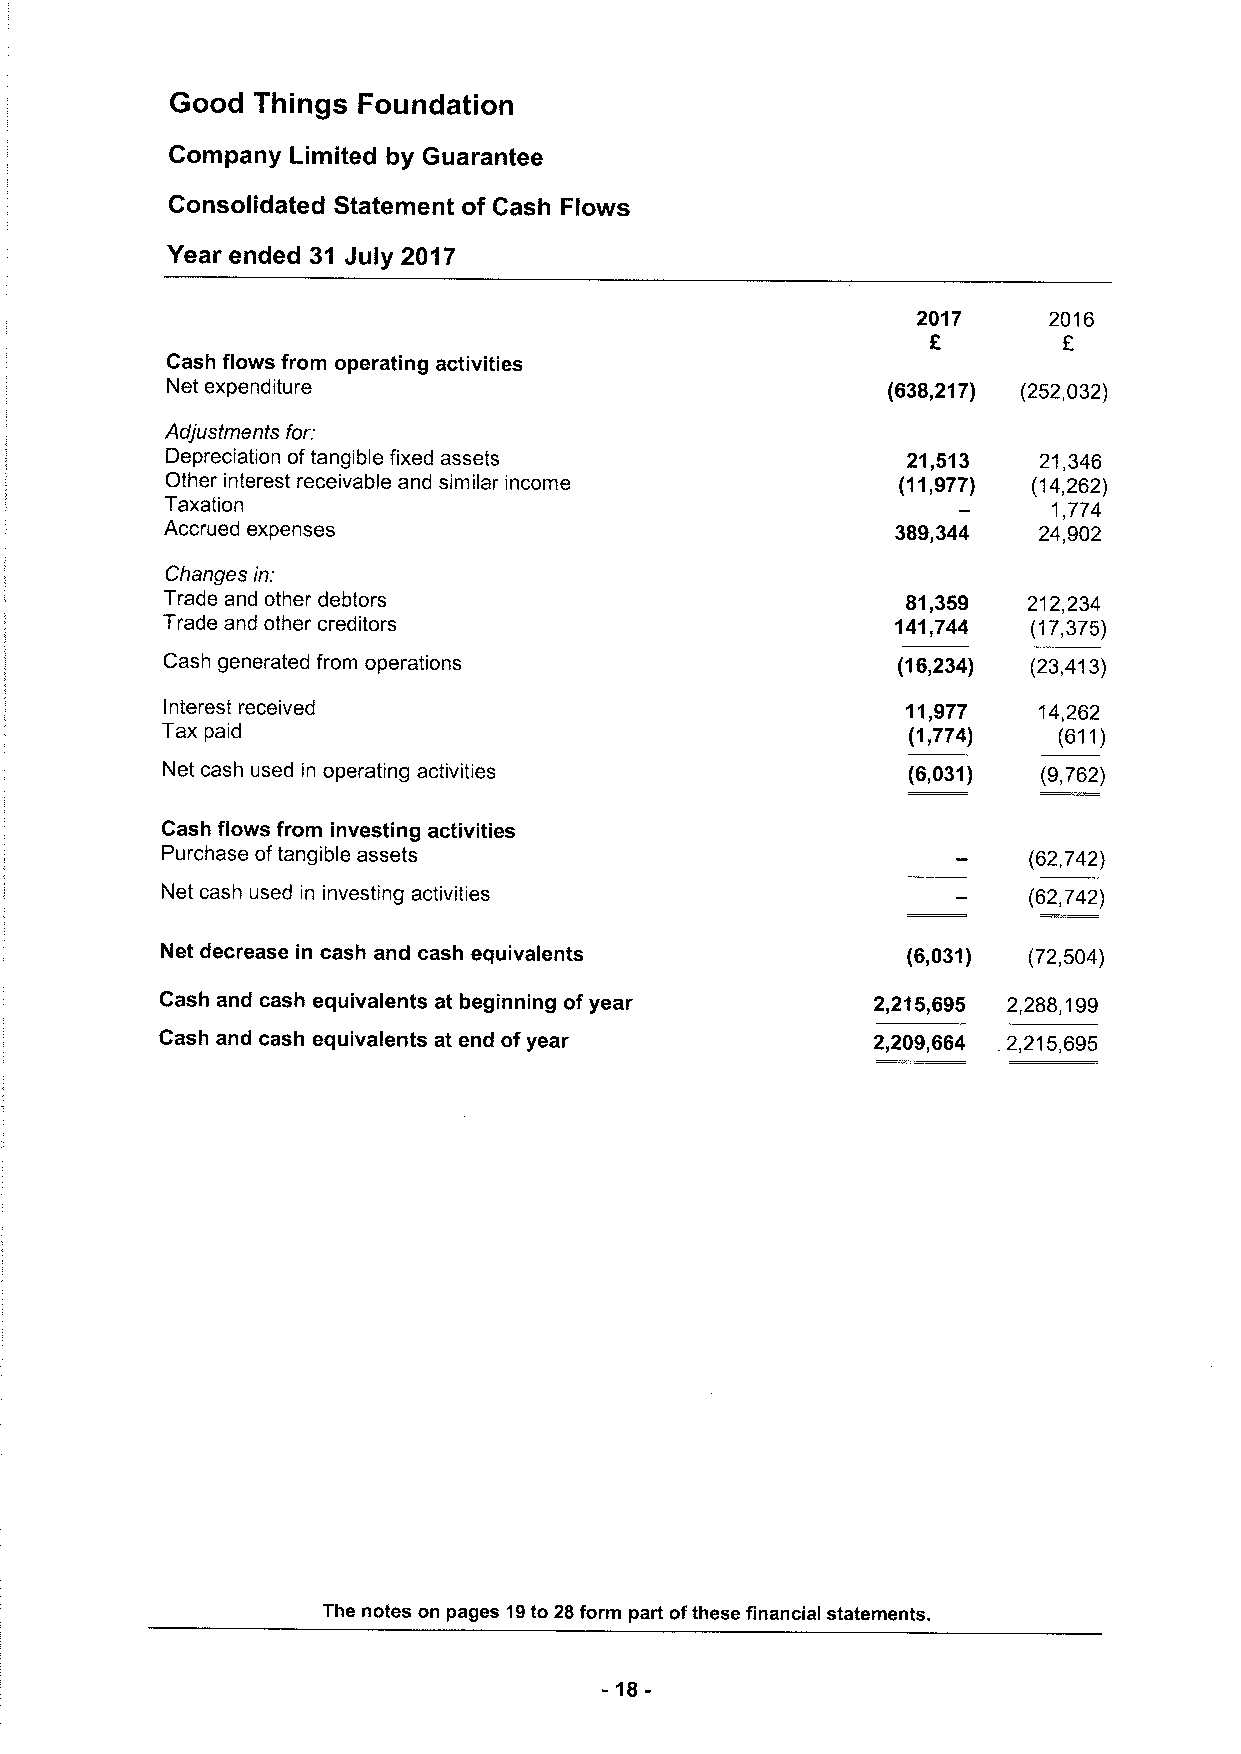
Good  Things Foundation
 Company Limited by Guarantee
 Consolidated Statement of Cash Flows
 Year ended 31 July 2017
 2017    2016
 E
 Cash flows from operating activities
 Net expenditure                                 (638,217) (252,032)
 Adjustments for:
 Depreciation oftangible fixed assets             21,513   21,346
 Other interest receivable and similar income    (11,977) (14,262)
 Taxation                                                   1,774
 Accrued expenses                                389,344   24,902
 Changes in:
 Trade and other debtors                          81,359  212,234
 Trade and other creditors                       141,744  (17,375)
 Cash generated from operations                  (16,234) (23,413)
 Interest received                                11,977   14,262
 Tax paid                                         (1,774)   (611)
 Net cash used in operating activities            (6,031)  (9,762)
 Cash flows from investing activities
 Purchase oftangible assets                               (62,742)
 Net cash used in investing activities                    (62,742)
 Net decrease in cash and cash equivalents        (6,031) (72,504)
 Cash and cash equivalents at beginning ofyear  2,215,695 2,288,199
 Cash and cash equivalents at end ofyear        2,209,664 2,215,695
 The notes on pages 19to 28form part ofthese financial statements.
 -18-